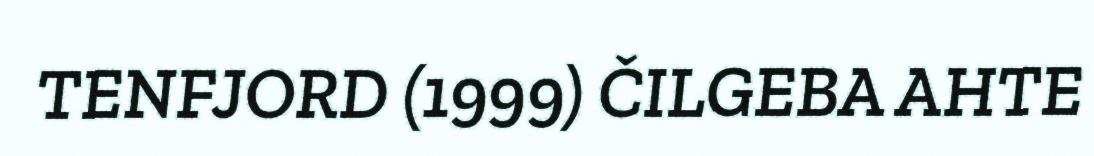
TENFJORD (1999) ČILGEBA AHTE